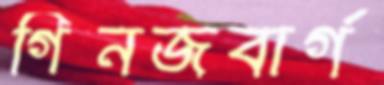
গিনজবার্গ